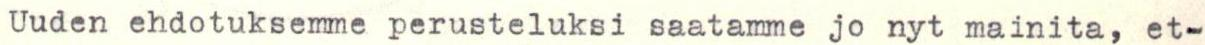
Uuden ehdotuksemme perusteluksi saatamme jo nyt mainita, et-